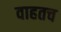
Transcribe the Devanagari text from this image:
वाहतच